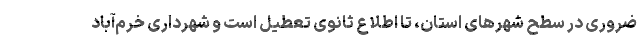
ضروری در سطح شهرهای استان، تا اطلاع ثانوی تعطیل است و شهرداری خرم‌آباد